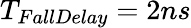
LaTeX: T_{FallDelay}=2ns